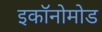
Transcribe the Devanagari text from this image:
इकॉनोमोड